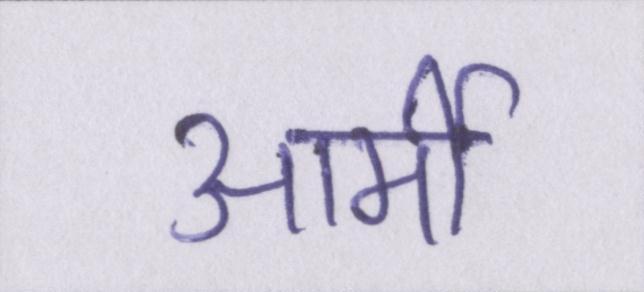
आर्मी